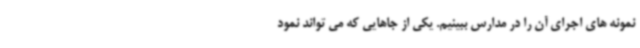
نمونه های اجرای آن را در مدارس ببینیم. یکی از جاهایی که می تواند نمود